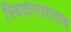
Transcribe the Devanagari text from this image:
स्विकारतानाच